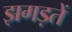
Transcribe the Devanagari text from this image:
झगड़तें